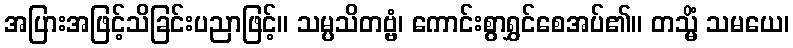
အပြားအဖြင့်သိခြင်းပညာဖြင့်။ သမ္ပသိတဗ္ဗံ၊ ကောင်းစွာရွှင်စေအပ်၏။ တသ္မိံ သမယေ၊